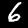
Label: 6